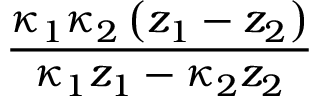
\frac { \kappa _ { 1 } \kappa _ { 2 } \left( z _ { 1 } - z _ { 2 } \right) } { \kappa _ { 1 } z _ { 1 } - \kappa _ { 2 } z _ { 2 } }